38_143685_box7_Incident_Summaries_1-100
Agency: Department of War
Page 111
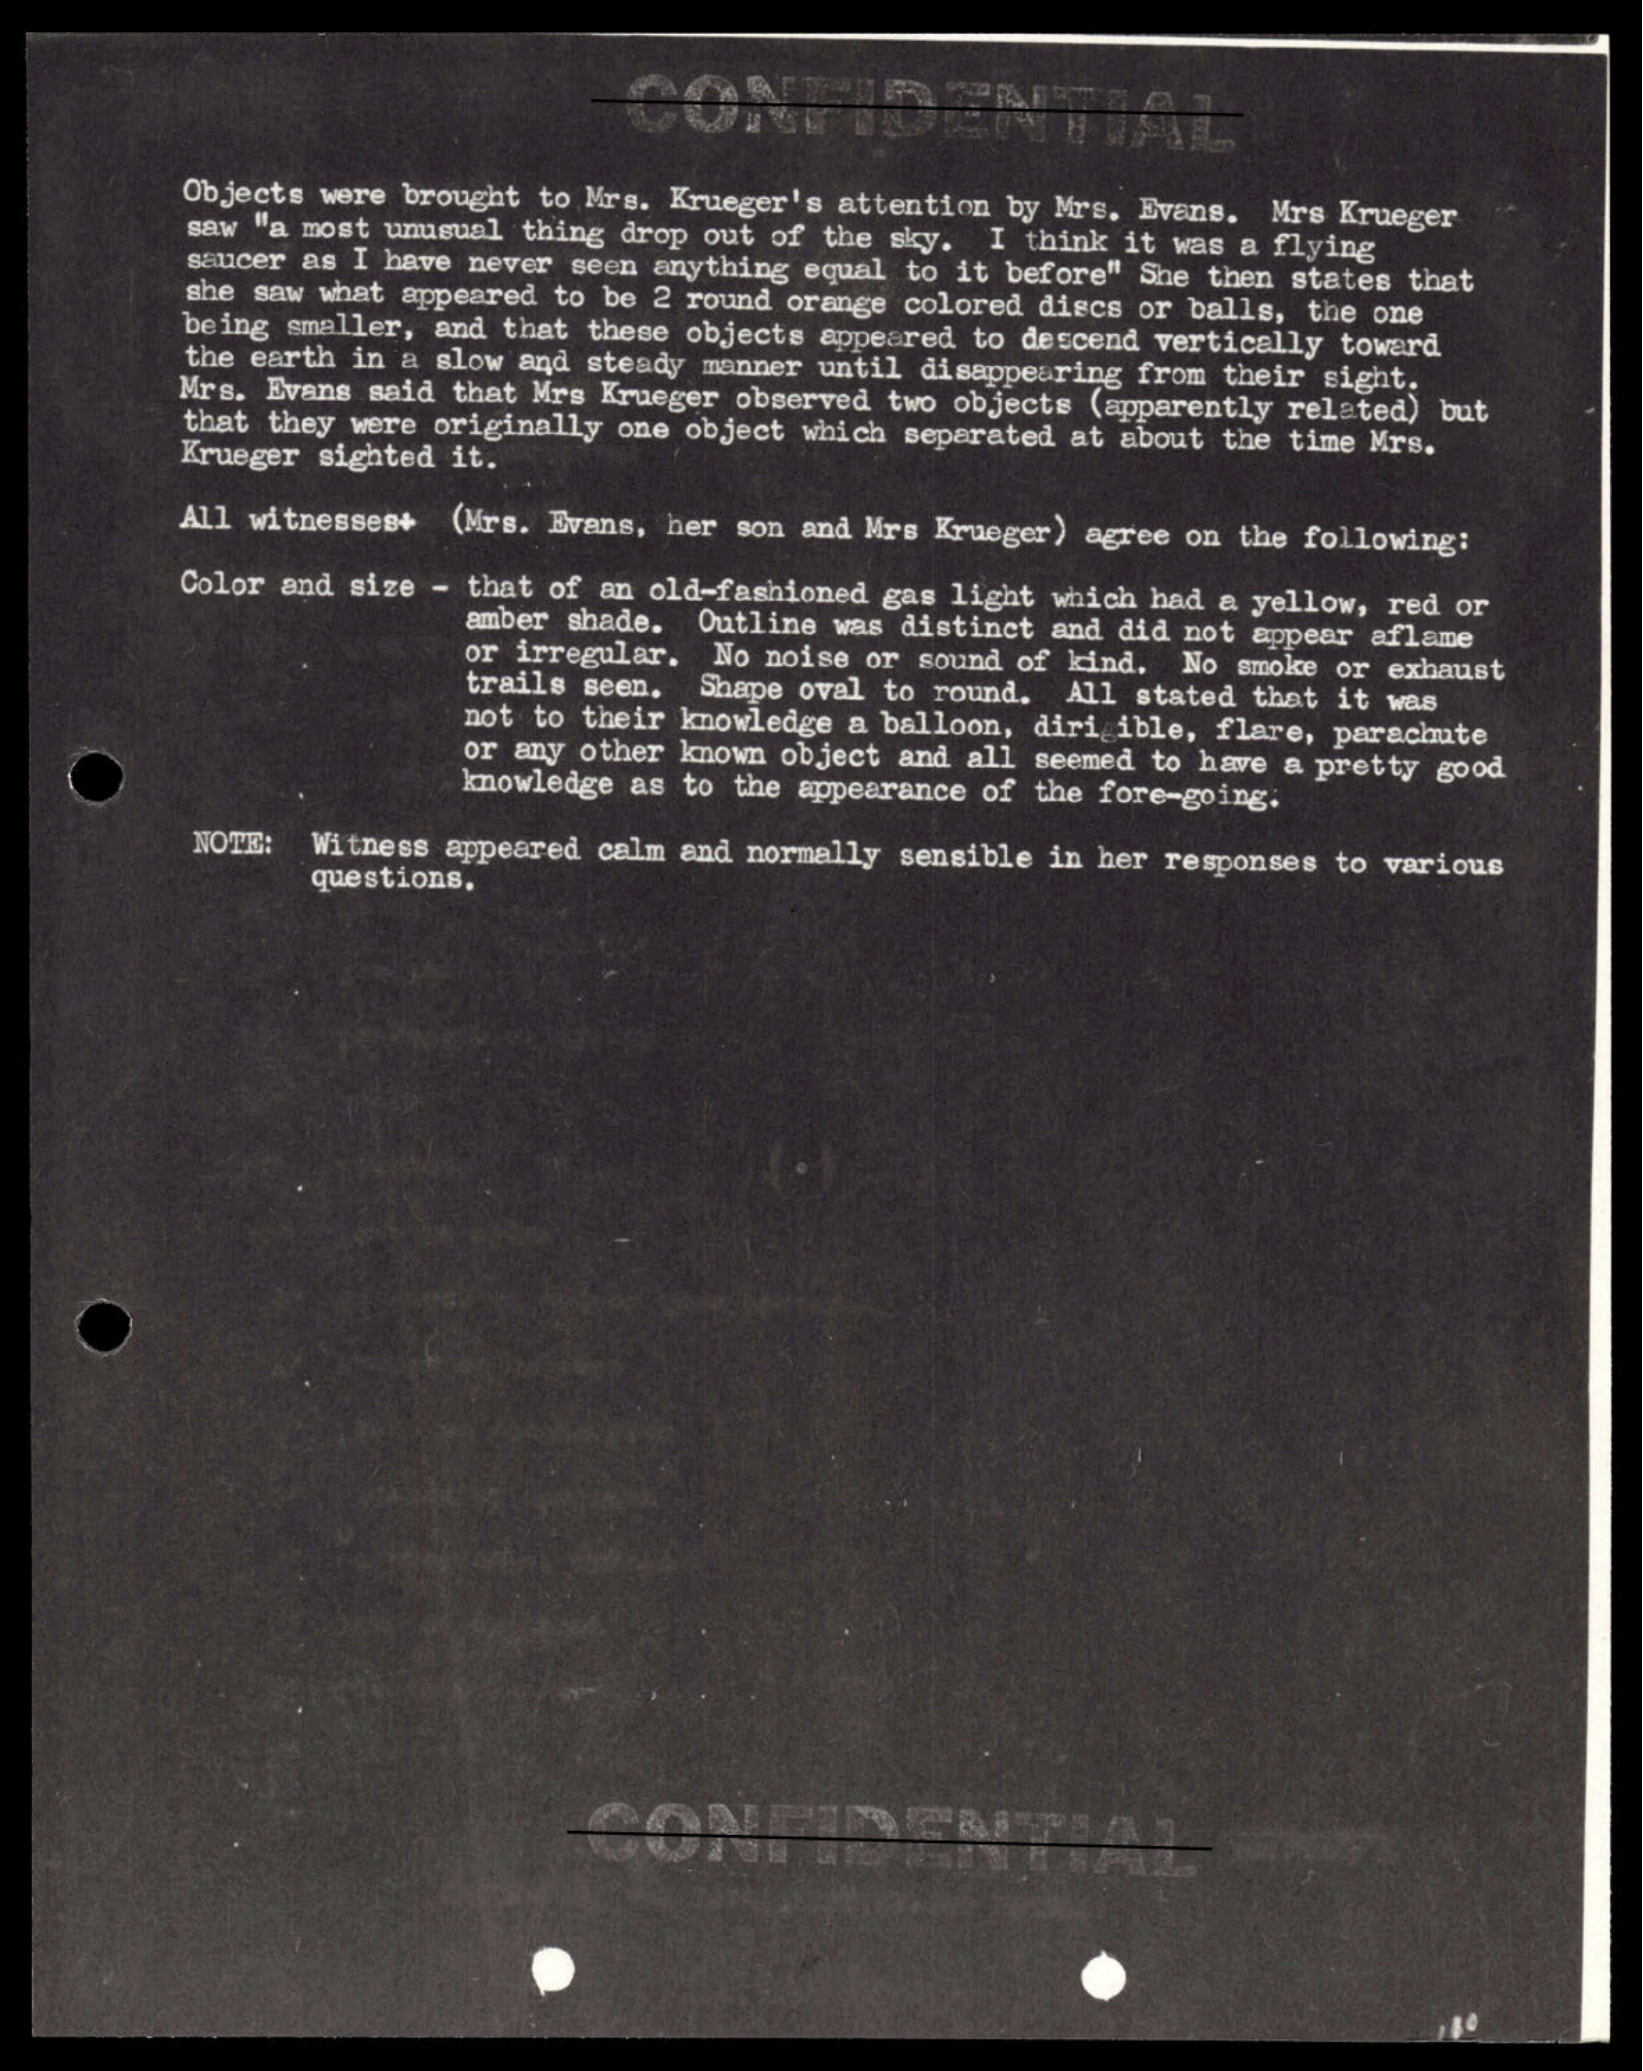